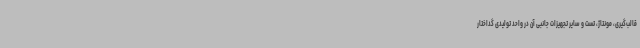
قالب‌گیری، مونتاژ، تست و سایر تجهیزات جانبی آن در واحد تولیدی گداختار